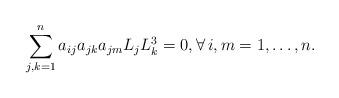
LaTeX: \begin{align*}\sum_{j,k=1}^n a_{ij} a_{jk} a_{jm} L_jL_k^3 =0, \forall \, i, m =1,\dots,n.\end{align*}